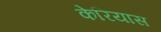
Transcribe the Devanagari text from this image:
केरियास